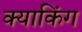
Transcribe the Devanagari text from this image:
क्याकिंग